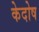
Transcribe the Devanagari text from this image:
केदोष